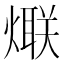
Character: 𱬏